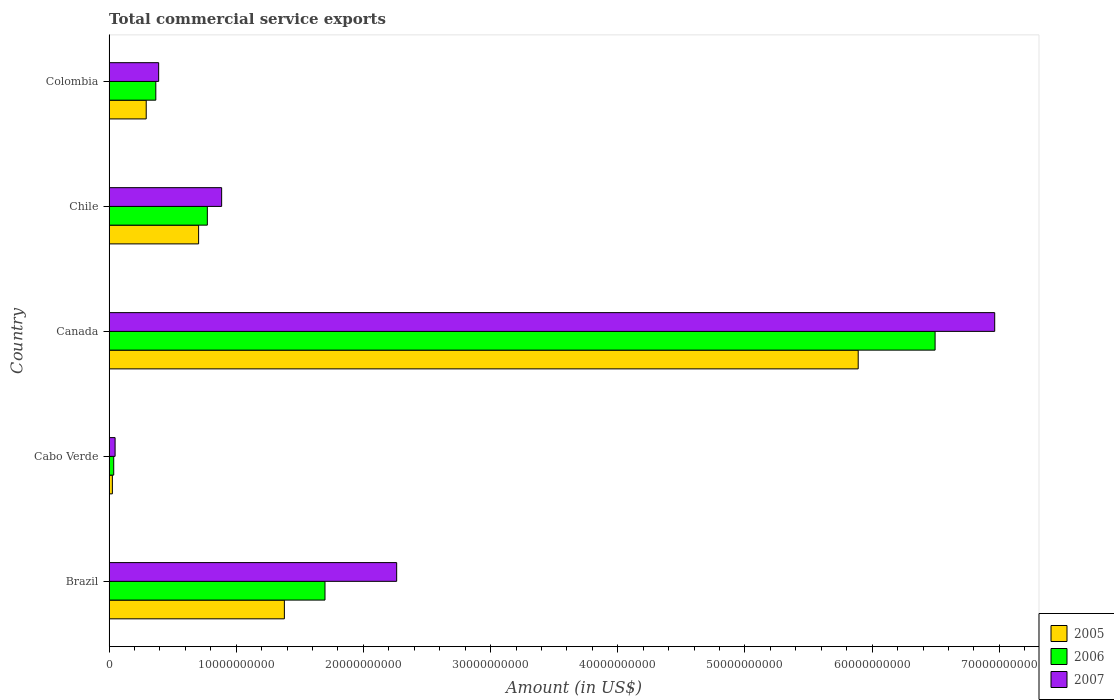
| Country | 2005 | 2006 | 2007 |
 | --- | --- | --- | --- |
 | Brazil | 1.38e+10 | 1.7e+10 | 2.26e+10 |
 | Cabo Verde | 2.6e+08 | 3.66e+08 | 4.74e+08 |
 | Canada | 5.89e+10 | 6.5e+10 | 6.96e+10 |
 | Chile | 7.04e+09 | 7.73e+09 | 8.85e+09 |
 | Colombia | 2.92e+09 | 3.68e+09 | 3.9e+09 |